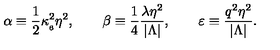
\alpha \equiv \frac { 1 } { 2 } \kappa _ { _ 6 } ^ { 2 } \eta ^ { 2 } , \qquad \beta \equiv \frac { 1 } { 4 } \frac { \lambda \eta ^ { 2 } } { | \Lambda | } , \qquad \varepsilon \equiv \frac { q ^ { 2 } \eta ^ { 2 } } { | \Lambda | } .